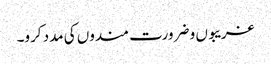
غریبوں و ضرورت مندوں کی مدد کرو۔